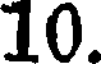
10.